Leaving Certificate Examination, 1910
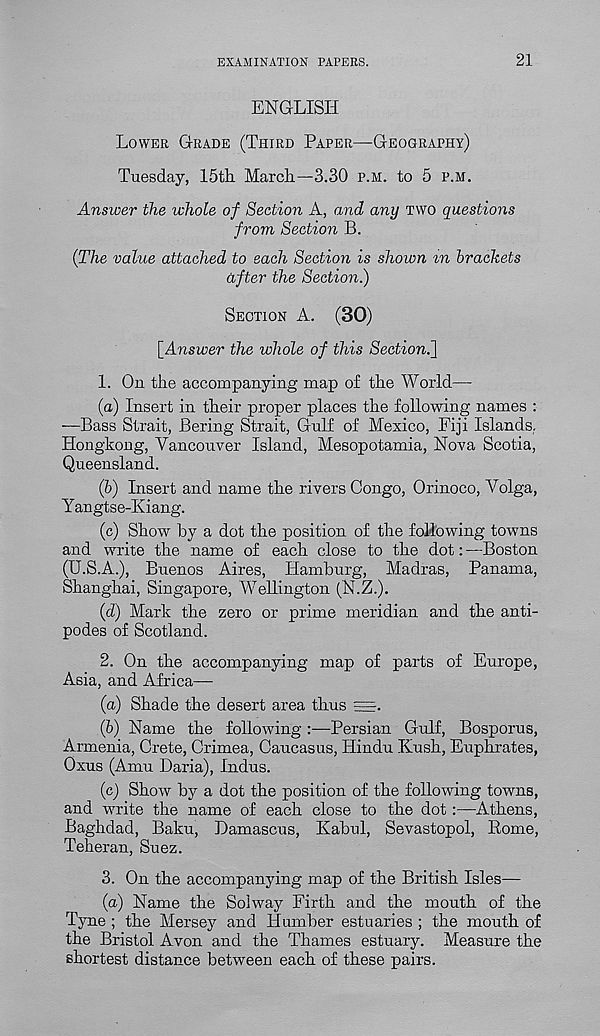
EXAMINATION PAPERS.
21
ENGLISH
LOWER GRADE (THIRD PAPER—GEOGRAPHY)
Tuesday, 15th March—3.30 P.H. to 5 P.M.
Answer the whole of Section A, and any TWO questions
from Section B.
(The value attached to each Section is shown m brackets
after the Section.)
SECTION A. (30)
[Answer the whole of this Section.'}
1. On the accompanying map of the World—
(a)
Insert in their proper places t
—Bass Strait, Bering Strait, Gulf of Mexico, Fiji Islands.
Hongkong, Vancouver Island, Mesopotamia, Nova Scotia,
Queensland.
(5) Insert and name the rivers Congo, Orinoco, Volga,
Yangtse-Kiang.
(c) Show by a dot the position of the following towns
and write the name of each close to the dot: —Boston
(U.S.A.), Buenos Aires, Hamburg, Madras, Panama,
Shanghai, Singapore, Wellington (N.Z.).
(d) Mark the zero or prime meridian and the anti-
podes of Scotland.
2. On the accompanying map of parts of Europe,
Asia, and Africa—
(a) Shade the desert area thus =.
(b) Name the following :—Persian Gulf, Bosporus,
Armenia, Crete, Crimea, Caucasus, Hindu Kush, Euphrates,
Oxus (Amu Daria), Indus.
(c) Show by a dot the position of the following towns,
and write the name of each close to the dot:—Athens,
Baghdad, Baku, Damascus, Kabul, Sevastopol, Rome,
Teheran, Suez.
3. On the accompanying map of the British Isles—
(a) Name the Soiway Firth and the mouth of the
Tyne ; the Mersey and Humber estuaries ; the mouth of
the Bristol Avon and the Thames estuary. Measure the
shortest distance between each of these pairs.